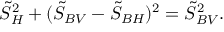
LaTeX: \tilde { S } _ { H } ^ { 2 } + ( \tilde { S } _ { B V } - \tilde { S } _ { B H } ) ^ { 2 } = \tilde { S } _ { B V } ^ { 2 } .